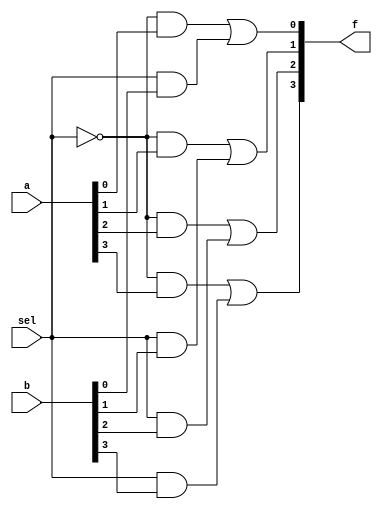
`timescale 1ns/1ps

module Mux_2x1_4bit(a, b, sel, f);
    input [4-1:0] a, b;
    input sel;
    output [4-1:0] f;

    wire not_sel;
    wire [4-1:0] newa, newb;
    not n1(not_sel, sel);
    and na1(newa[0], not_sel, a[0]);
    and na2(newa[1], not_sel, a[1]);
    and na3(newa[2], not_sel, a[2]);
    and na4(newa[3], not_sel, a[3]);
    and nb1(newb[0], sel, b[0]);
    and nb2(newb[1], sel, b[1]);
    and nb3(newb[2], sel, b[2]);
    and nb4(newb[3], sel, b[3]);
    or o1(f[0], newa[0], newb[0]);
    or o2(f[1], newa[1], newb[1]);
    or o3(f[2], newa[2], newb[2]);
    or o4(f[3], newa[3], newb[3]);

endmodule

module Mux_4x1_4bit(a, b, c, d, sel, f);
input [4-1:0] a, b, c, d;
input [2-1:0] sel;
output [4-1:0] f;

wire [4-1:0] temp1, temp2;
Mux_2x1_4bit m1(a,b,sel[0],temp1);
Mux_2x1_4bit m2(c,d,sel[0],temp2);
Mux_2x1_4bit m3(temp1,temp2,sel[1],f);

endmodule